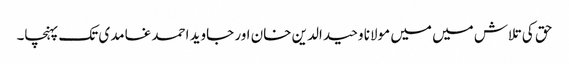
حق کی تلاش میں میں مولانا وحید الدین خان اور جاوید احمد غامدی تک پہنچا۔